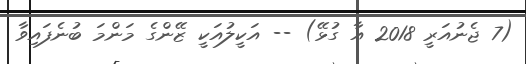
(7 ޖެނުއަރީ 2018 އާ ގުޅޭ) -- އަކީލުއަކީ ޒޭންގެ މަންމަ ބުނެފައިވާ